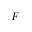
F